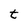
Character: t